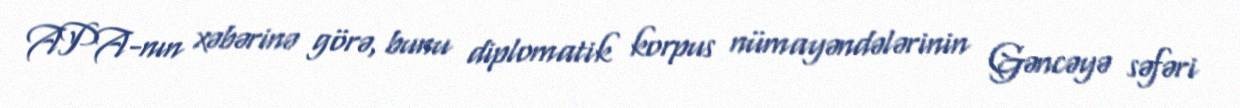
APA-nın xəbərinə görə, bunu diplomatik korpus nümayəndələrinin Gəncəyə səfəri